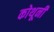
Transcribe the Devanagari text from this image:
कोथूनी